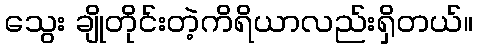
သွေး ချိုတိုင်းတဲ့ကိရိယာလည်းရှိတယ်။